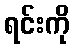
ရင်းကို